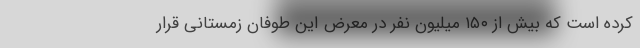
کرده است که بیش از ۱۵۰ میلیون نفر در معرض این طوفان زمستانی قرار